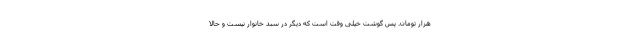
هزار تومان. پس گوشت خیلی وقت است که دیگر در سبد خانوار نیست و حالا